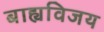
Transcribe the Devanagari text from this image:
बाह्यविजय